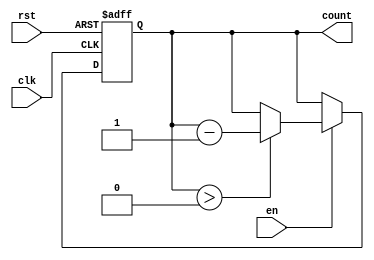
module MemoryBlocksDownCounter (
    input wire clk,              // Clock signal
    input wire rst,              // Reset signal (active high)
    input wire en,               // Enable signal (active high)
    output reg [N-1:0] count     // Current count value
);

    // Define the maximum value of the counter
    parameter N = 8;             // Size of the counter (bits)
    parameter MAX_COUNT = 8'hFF; // Maximum count value (for example, 255)

    // Initial count value
    initial begin
        count = MAX_COUNT;
    end

    always @(posedge clk or posedge rst) begin
        if (rst) begin
            count <= MAX_COUNT; // Reset to maximum value
        end else if (en) begin
            if (count > 0) begin
                count <= count - 1; // Decrement count
            end
        end
        // If en is low, count retains its value
    end

endmodule